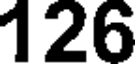
126